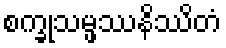
စက္ခုသမ္ဖဿနိဿိတံ